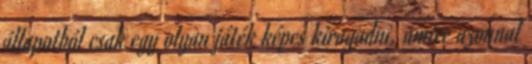
állapotból csak egy olyan játék képes kiragadni, amire azonnal